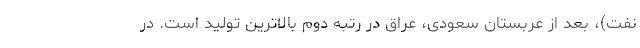
نفت)، بعد از عربستان سعودی، عراق در رتبه دوم بالاترین تولید است. در